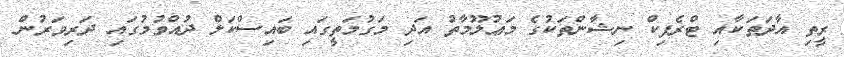
ރީތި އާދަތަކާއި ޓްރެފިކް ނިޝާންތަކުގެ މަޢުލޫމާތު އަދި މަގުމަތީގައި ބައިސްކަލް ދުއްވުމުގައި ދަރިވަރުން